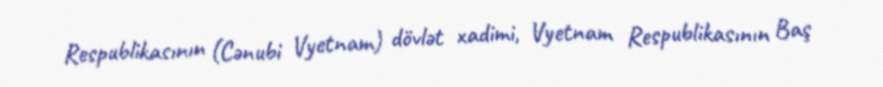
Respublikasının (Cənubi Vyetnam) dövlət xadimi, Vyetnam Respublikasının Baş